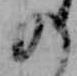
の